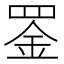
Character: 𫅇